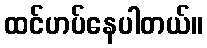
ထင်ဟပ်နေပါတယ်။